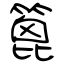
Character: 篦